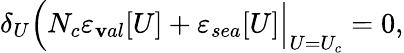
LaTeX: \delta_{U}\Bigl(N_{c}\varepsilon_{\mathbf{v}al}[U]+\varepsilon_{sea}[U]\Bigr|_{U=U_{c}}=0,